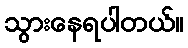
သွားနေရပါတယ်။